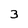
Character: 3